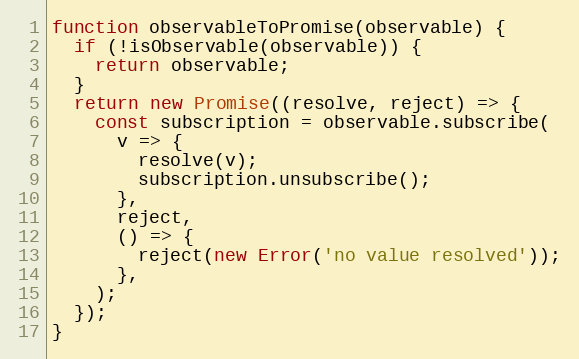
Language: JavaScript
function observableToPromise(observable) {
  if (!isObservable(observable)) {
    return observable;
  }
  return new Promise((resolve, reject) => {
    const subscription = observable.subscribe(
      v => {
        resolve(v);
        subscription.unsubscribe();
      },
      reject,
      () => {
        reject(new Error('no value resolved'));
      },
    );
  });
}